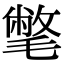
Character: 𣰉